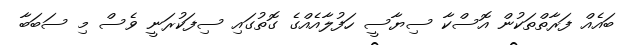
ބައެއް ފަރާތްތަކުން އޮސްކާ ސިޔާސީ ހަފުލާއެއްގެ ގޮތުގައި ސިފަކުރަނީ ވެސް މި ސަބަބާ